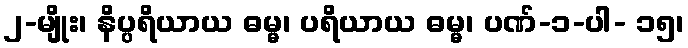
၂-မျိုး၊ နိပ္ပရိယာယ ဓမ္မ၊ ပရိယာယ ဓမ္မ၊ ပဏ်-၁-ပါ- ၁၅၊